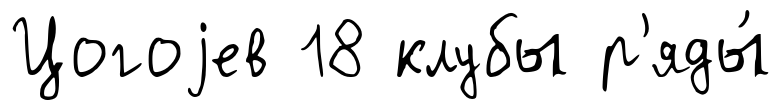
Цогоjев 18 клубы р'яды́